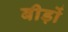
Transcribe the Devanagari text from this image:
बीड़ों